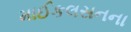
માઈકલસનના